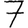
Digit: 7